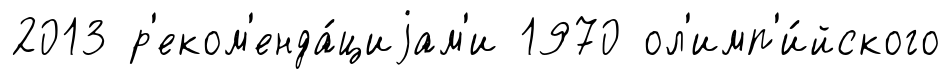
2013 р'еком'енда́циjам'и 1970 ол'имп'и́йского